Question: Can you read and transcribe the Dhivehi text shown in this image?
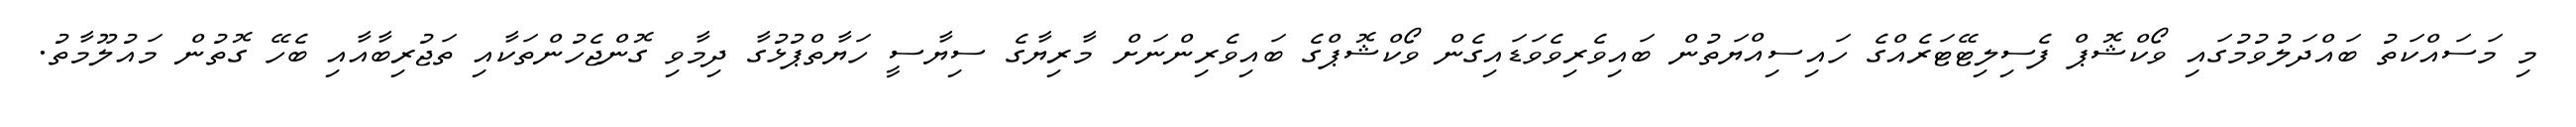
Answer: މި މަސައްކަތު ބައްދަލުވުމުގައި ވޯކްޝޮޕް ފެސިލިޓޭޓަރެއްގެ ހައިސިއްޔަތުން ބައިވެރިވެވަޑައިގެން ވޯކްޝޮޕްގެ ބައިވެރިންނަށް މާރިޔާގެ ސިޔާސީ ހަޔާތްޕުޅުގާ ދިމާވި ގޮންޖެހުންތަކާއި ތަޖުރިބާއާއި ބެހޭ ގޮތުން މައުލޫމާތު.